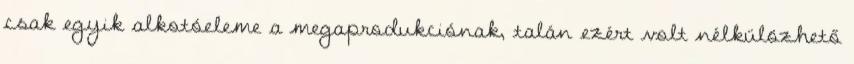
csak egyik alkotóeleme a megaprodukciónak, talán ezért volt nélkülözhető